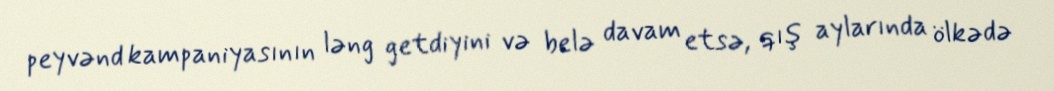
peyvənd kampaniyasının ləng getdiyini və belə davam etsə, qış aylarında ölkədə